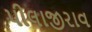
પીલાજીરાવ